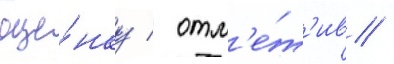
оце́нку / отм'е́т'ив /